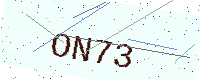
Text: ON73